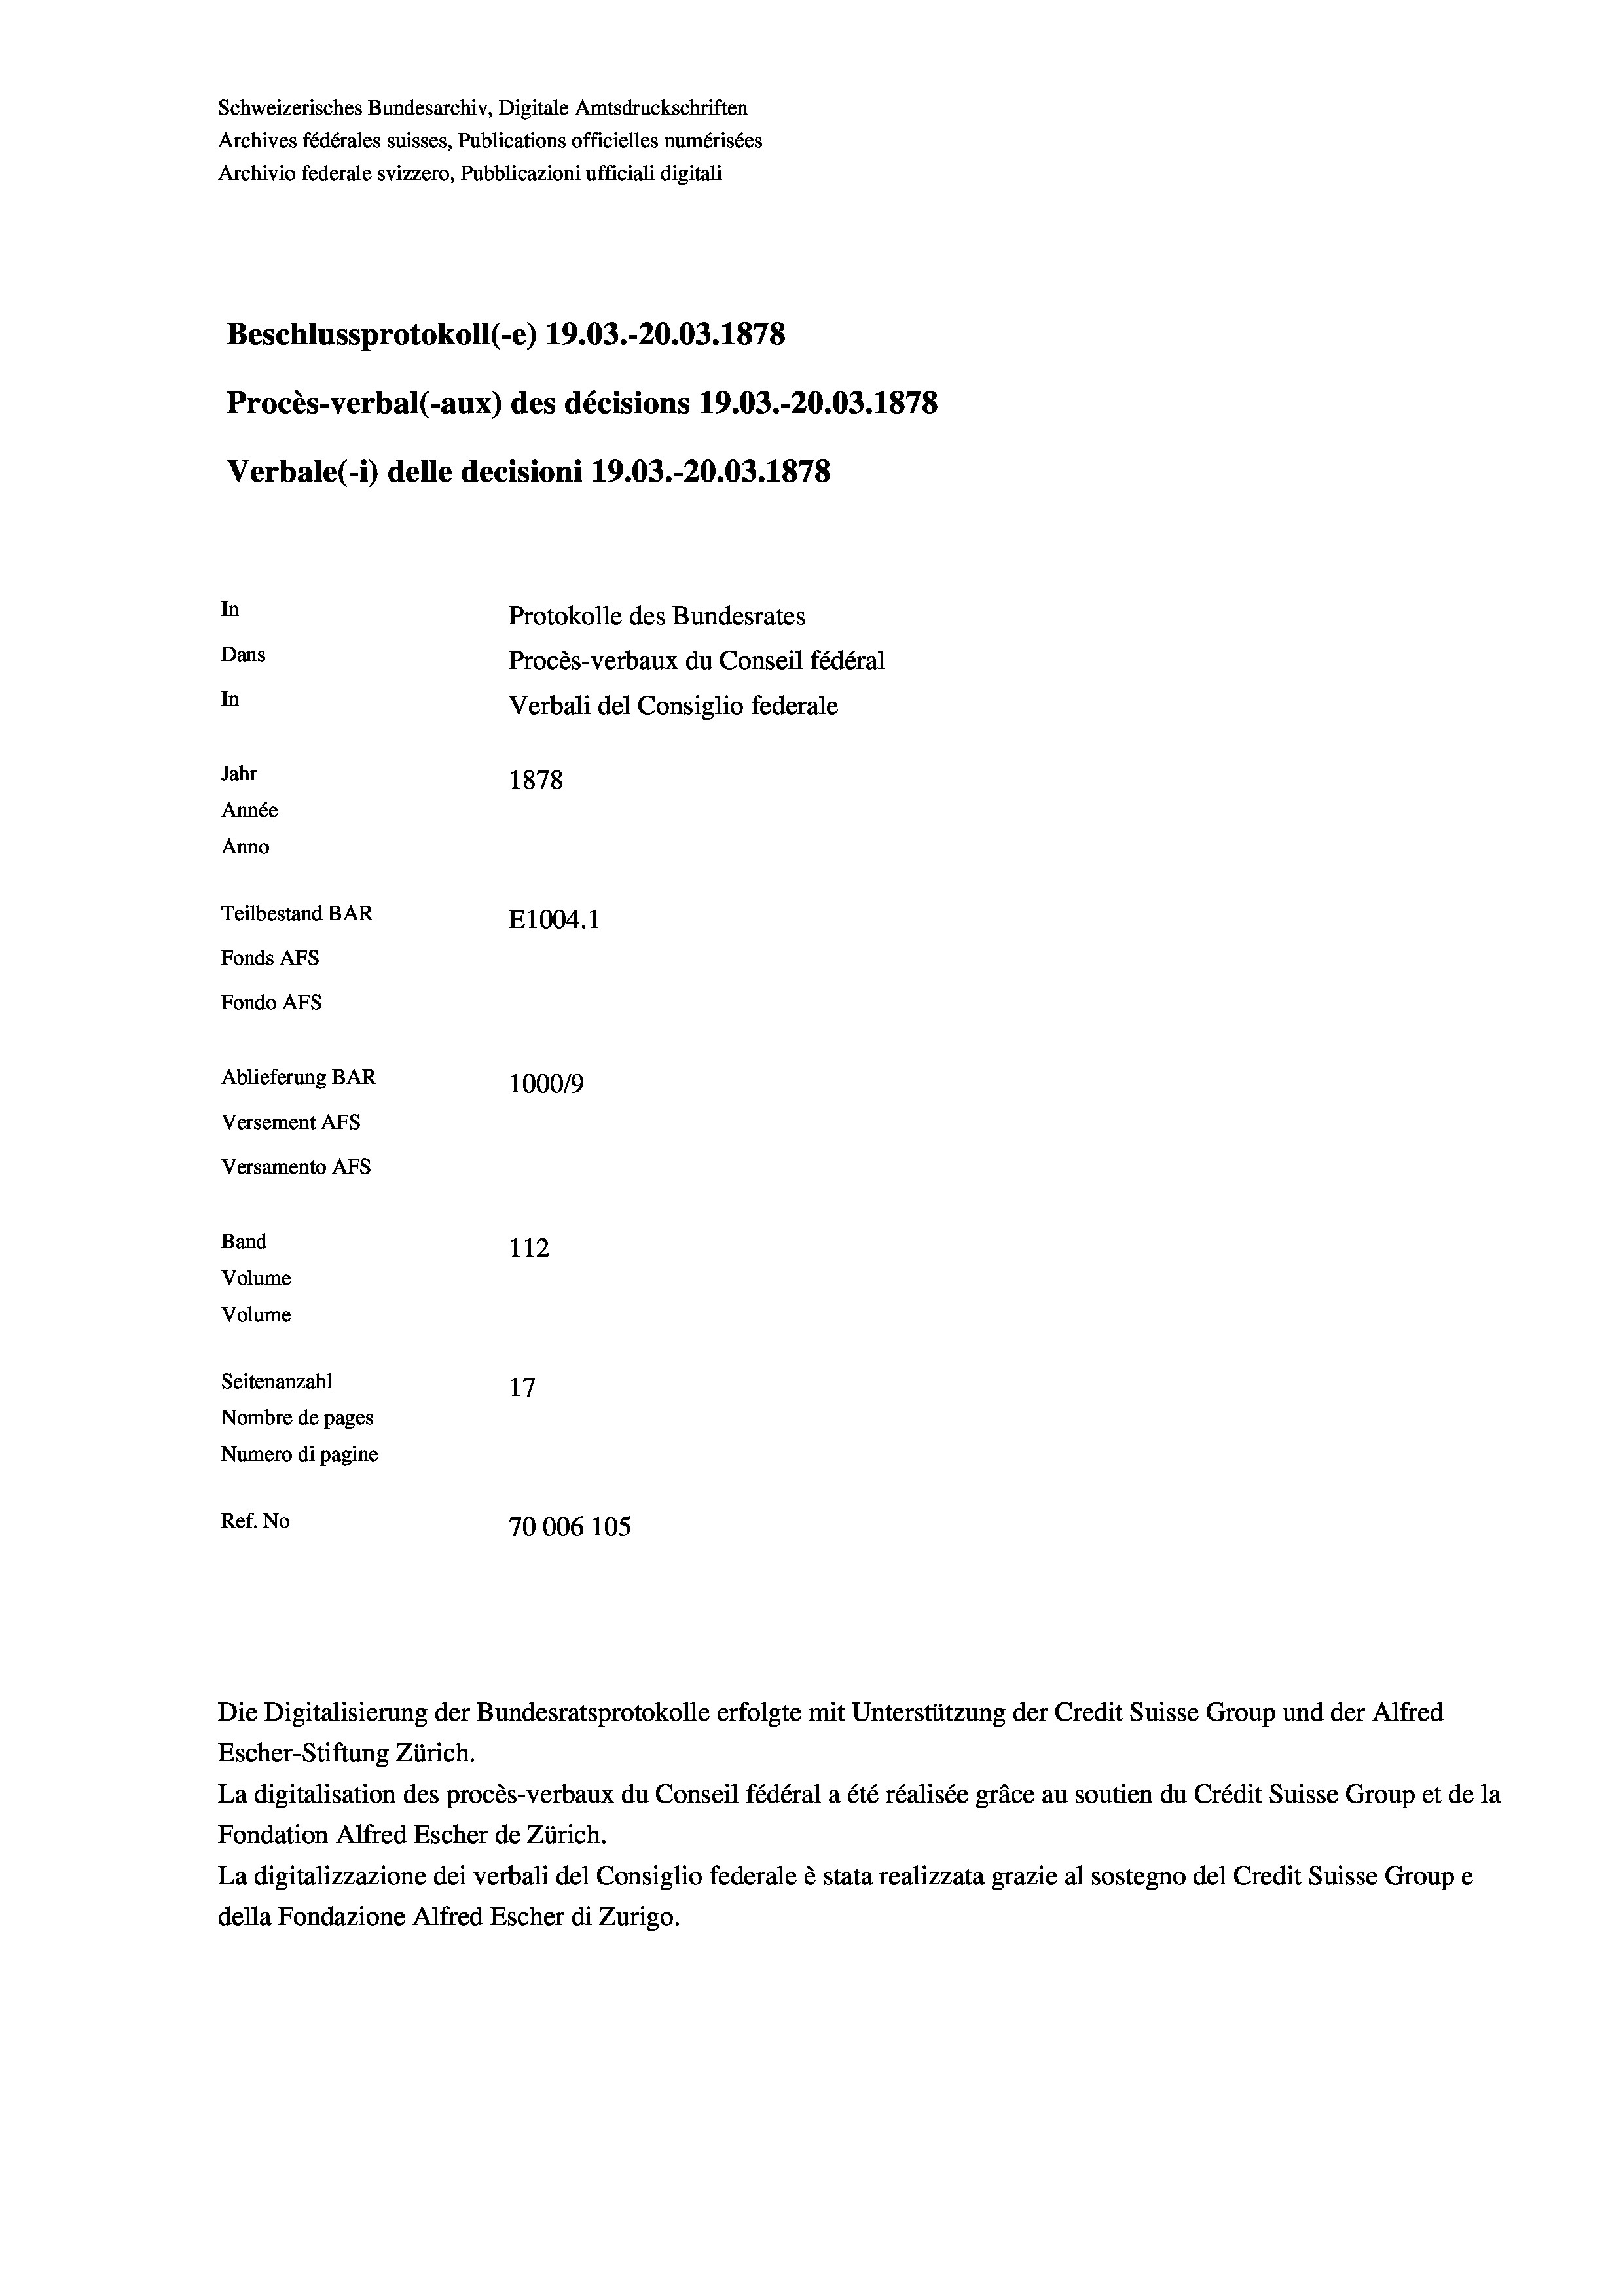
Schweizerisches Bundesarchiv, Digitale Amtsdruckschriften
Archives fédérales suisses, Publications officielles numérisées
Archivio federale svizzero, Pubblicazioni ufficiali digitali
Beschlussprotokoll (-e) 19.03.-20.03. 1878
Procès-verbal (-aux) des décisions 19.03.-20.03. 1878
Verbale (i) delle decisioni 19.03.-20.03. 1878
In
Protokolle des Bundesrates
Dans
Procès-verbaux du Conseil fédéral
In
Verbali del Consiglio federale
Jahr
1878
Année
Anno
Teilbestand BAR
E1004. 1
Fonds AFs
Fondo Afs
Ablieferung BAR
100019
Versement AFs
Versamento AFS
Band
112
Volume
Volume
Seitenanzahl
17
Nombre de pages
Numero di pagine
Ref. No
70006 105

Escher-Stiftung Zürich.
La digitalisation des procès-verbaux du Conseil fédéral a été réalisée gräce au soutien du Crédit Suisse Group et de la
Fondation Alfred Escher de Zürich.
La digitalizzazione dei verbali del Consiglio federale è stata realizzata grazie al sostegno del Credit Suisse Groupe
della Fondazione Alfred Escher di Zurigo.

Die Digitalisierung der Bundesratsprotokolle erfolgte mit Unterstützung der Credit Suisse Group und der Alfred